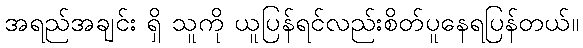
အရည်အချင်း ရှိ သူကို ယူပြန်ရင်လည်းစိတ်ပူနေရပြန်တယ်။